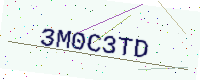
Text: 3M0C3TD